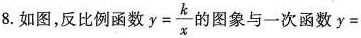
8.如图，反比例函数$$y= \frac{k}{x}$$的图象与一次函数y=